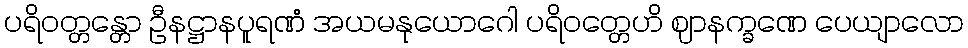
ပရိဝတ္တန္တော ဦနဋ္ဌာနပူရဏံ အယမနုယောဂေါ ပရိဝတ္တေဟိ ဈာနက္ခဏေ ပေယျာလော